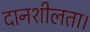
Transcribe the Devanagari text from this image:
दानशीलता।